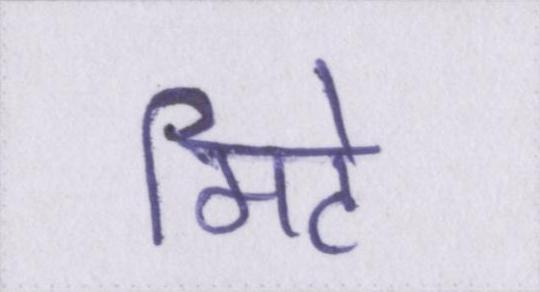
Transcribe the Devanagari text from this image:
मिटे